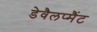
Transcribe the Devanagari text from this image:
डेवैलप्मैंट